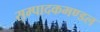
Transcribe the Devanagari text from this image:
सम्पादकमण्डल